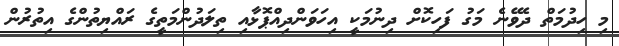
މި ހިދުމަތް ދެވޭނެ މަގު ފަހިކޮށް ދިނުމަކީ އިހަވަންދިއްޕޮޅާއި ތިލަދުންމަތީގެ ރައްޔިތުންގެ އިތުރުން